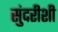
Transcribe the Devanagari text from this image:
सुंदरीशी